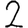
Digit: 2